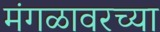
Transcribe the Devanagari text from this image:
मंगळावरच्या